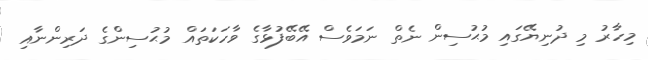
މިހާރު މި ދުނިޔޭގައި މުޙުސިން ނެތް ނަމަވެސް އޭބޭފުޅާގެ ވާހަކަތައް މުޙުސިންގެ ދަރިންނާއި